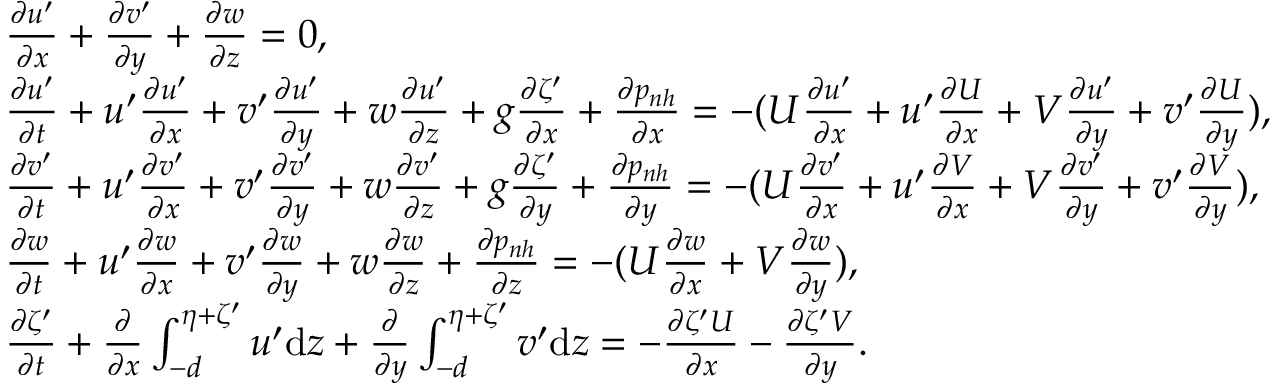
\begin{array} { r l } & { \frac { \partial u ^ { \prime } } { \partial x } + \frac { \partial v ^ { \prime } } { \partial y } + \frac { \partial w } { \partial z } = 0 , } \\ & { \frac { \partial u ^ { \prime } } { \partial t } + u ^ { \prime } \frac { \partial u ^ { \prime } } { \partial x } + v ^ { \prime } \frac { \partial u ^ { \prime } } { \partial y } + w \frac { \partial u ^ { \prime } } { \partial z } + g \frac { \partial \zeta ^ { \prime } } { \partial x } + \frac { \partial p _ { n h } } { \partial x } = - ( U \frac { \partial u ^ { \prime } } { \partial x } + u ^ { \prime } \frac { \partial U } { \partial x } + V \frac { \partial u ^ { \prime } } { \partial y } + v ^ { \prime } \frac { \partial U } { \partial y } ) , } \\ & { \frac { \partial v ^ { \prime } } { \partial t } + u ^ { \prime } \frac { \partial v ^ { \prime } } { \partial x } + v ^ { \prime } \frac { \partial v ^ { \prime } } { \partial y } + w \frac { \partial v ^ { \prime } } { \partial z } + g \frac { \partial \zeta ^ { \prime } } { \partial y } + \frac { \partial p _ { n h } } { \partial y } = - ( U \frac { \partial v ^ { \prime } } { \partial x } + u ^ { \prime } \frac { \partial V } { \partial x } + V \frac { \partial v ^ { \prime } } { \partial y } + v ^ { \prime } \frac { \partial V } { \partial y } ) , } \\ & { \frac { \partial w } { \partial t } + u ^ { \prime } \frac { \partial w } { \partial x } + v ^ { \prime } \frac { \partial w } { \partial y } + w \frac { \partial w } { \partial z } + \frac { \partial p _ { n h } } { \partial z } = - ( U \frac { \partial w } { \partial x } + V \frac { \partial w } { \partial y } ) , } \\ & { \frac { \partial \zeta ^ { \prime } } { \partial t } + \frac { \partial } { \partial x } \int _ { - d } ^ { \eta + \zeta ^ { \prime } } u ^ { \prime } \mathrm { d } z + \frac { \partial } { \partial y } \int _ { - d } ^ { \eta + \zeta ^ { \prime } } v ^ { \prime } \mathrm { d } z = - \frac { \partial \zeta ^ { \prime } U } { \partial x } - \frac { \partial \zeta ^ { \prime } V } { \partial y } . } \end{array}